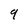
Character: 9